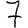
Digit: 7